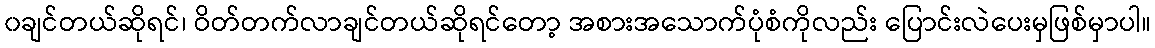
၀ချင်တယ်ဆိုရင်၊ ဝိတ်တက်လာချင်တယ်ဆိုရင်တော့ အစားအသောက်ပုံစံကိုလည်း ပြောင်းလဲပေးမှဖြစ်မှာပါ။